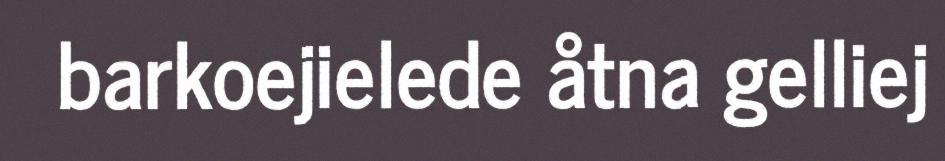
barkoejielede åtna gelliej